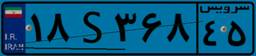
۱۸S۳۶۸۴۵